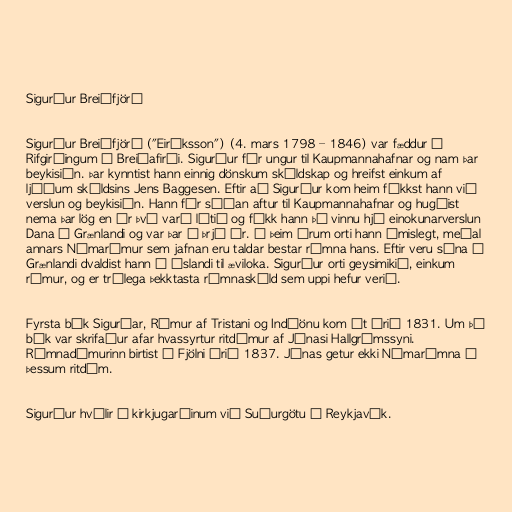
Sigurður Breiðfjörð

Sigurður Breiðfjörð ("Eiríksson") (4. mars 1798 – 1846) var fæddur í
Rifgirðingum á Breiðafirði. Sigurður fór ungur til Kaupmannahafnar og nam þar
beykisiðn. Þar kynntist hann einnig dönskum skáldskap og hreifst einkum af
ljóðum skáldsins Jens Baggesen. Eftir að Sigurður kom heim fékkst hann við
verslun og beykisiðn. Hann fór síðan aftur til Kaupmannahafnar og hugðist
nema þar lög en úr því varð lítið og fékk hann þá vinnu hjá einokunarverslun
Dana á Grænlandi og var þar í þrjú ár. Á þeim árum orti hann ýmislegt, meðal
annars Númarímur sem jafnan eru taldar bestar rímna hans. Eftir veru sína á
Grænlandi dvaldist hann á Íslandi til æviloka. Sigurður orti geysimikið, einkum
rímur, og er trúlega þekktasta rímnaskáld sem uppi hefur verið.

Fyrsta bók Sigurðar, Rímur af Tristani og Indíönu kom út árið 1831. Um þá
bók var skrifaður afar hvassyrtur ritdómur af Jónasi Hallgrímssyni.
Rímnadómurinn birtist í Fjölni árið 1837. Jónas getur ekki Númarímna í
þessum ritdóm.

Sigurður hvílir í kirkjugarðinum við Suðurgötu í Reykjavík.